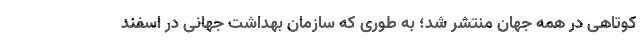
کوتاهی در همه جهان منتشر شد؛ به طوری که سازمان بهداشت جهانی در اسفند